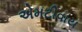
એમટીવાય